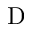
\textrm { D }